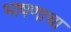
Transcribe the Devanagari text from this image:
भाषणाचा